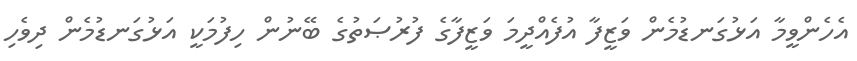
އެހެންވީމާ އަޅުގަނޑުމެން ވަޒީފާ އުފެއްދީމަ ވަޒީފާގެ ފުރުޞަތުގެ ބޭނުން ހިފުމަކީ އަޅުގަނޑުމެން ދިވެހި